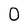
Character: 0